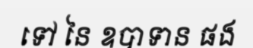
ទៅ នៃ ឧបាទាន ផង